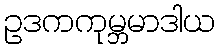
ဥဒကကုမ္ဘမာဒါယ